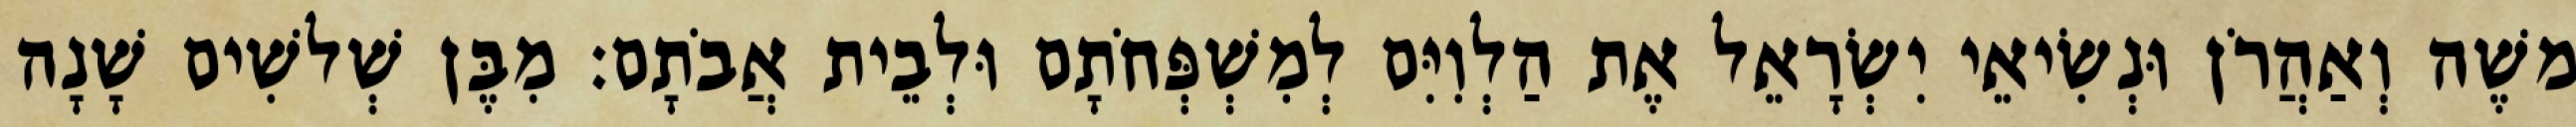
משֶׁה וְאַהֲרֹן וּנְשִׂיאֵי יִשְׂרָאֵל אֶת הַלְוִיִּם לְמִשְׁפְּחֹתָם וּלְבֵית אֲבֹתָם׃ מִבֶּן שְׁלשִׁים שָׁנָה